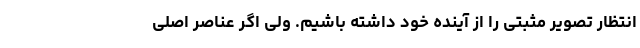
انتظار تصویر مثبتی را از آینده خود داشته باشیم. ولی اگر عناصر اصلی